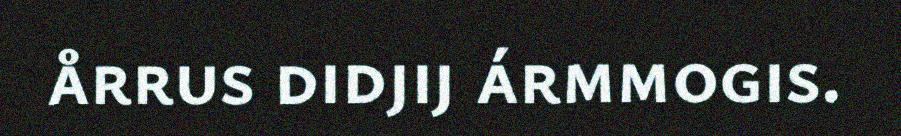
årrus didjij ármmogis.